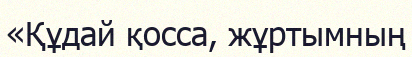
«Құдай қосса, жұртымның